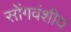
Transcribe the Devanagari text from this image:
सोंगवंशीय